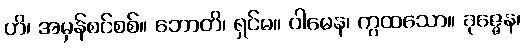
ဟိ၊ အမှန်စင်စစ်။ ဘောတိ၊ ရှင်မ။ ဝါမေန၊ ကွထသော။ ခုဇ္ဇေန၊